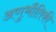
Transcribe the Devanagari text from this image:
अणुभौतिकी